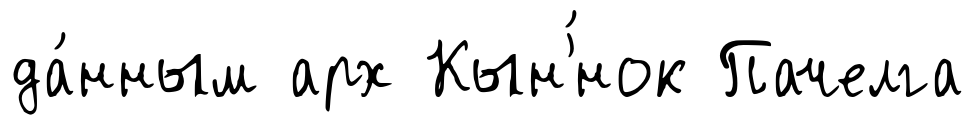
да́нным арх Кын'́нок Пачелга